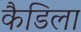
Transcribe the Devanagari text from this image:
कैडिला